Vaccination in Bombay 1856-1862 - 1856-1862
Year: 1856
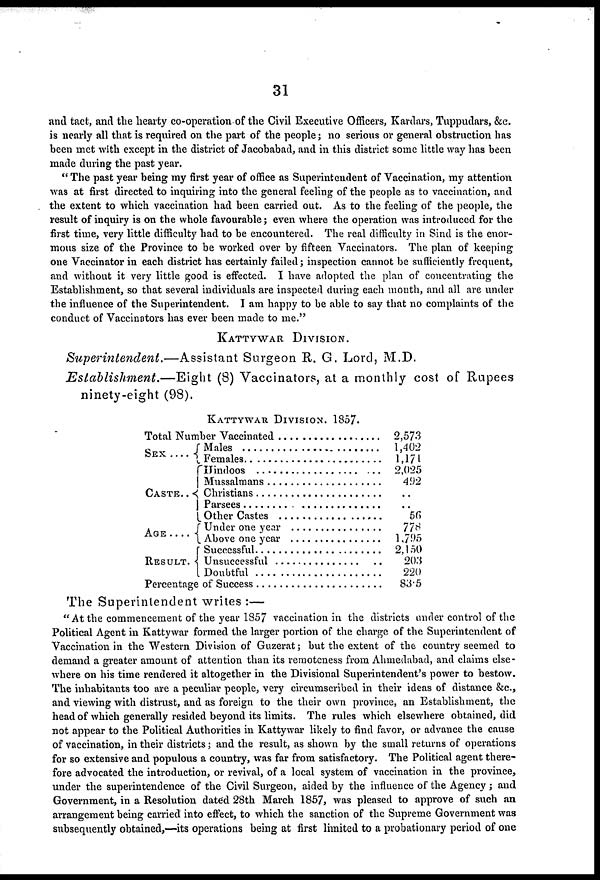
31
and tact, and the hearty co-operation of the Civil Executive Officers, Kardars, Tuppudars, &c.
is nearly all that is required on the part of the people; no serious or general obstruction has
been met with except in the district of Jacobabad, and in this district some little way has been
made during the past year.
" The past year being my first year of office as Superintendent of Vaccination, my attention
was at first directed to inquiring into the general feeling of the people as to vaccination, and
. the extent to which vaccination had been carried out. As to the feeling of the people, the
result of inquiry is on the whole favourable; even where the operation was introduced for the
first time, very little difficulty had to be encountered. The real difficulty in Sind is the enor-
mous size of the Province to be worked over by fifteen Vaccinators. The plan of keeping
one Vaccinator in each district has certainly failed; inspection cannot be sufficiently frequent,
and without it very little good is effected. I have adopted the plan of concentrating the
Establishment, so that several individuals are inspected during each month, and all are under
the influence of the Superintendent. I am happy to be able to say that no complaints of the
conduct of Vaccinators has ever been made to me."
KATTYWAR DIVISION.
Superintendent.—Assistant
Surgeon R. G. Lord, M.D.
Establishment.—Eight
(8) Vaccinators, at a monthly cost of Rupees
ninety-eight (98).
KATTYWAR DIVISION. 1857.
Total Number Vaccinated ..................
SEX
....
CASTE. .
AGE ....
RESULT.
Males ........................
Females ........................
Hindoos .....................
Mussalmans ....................
Christians ......................
Parsees .......................
Other Castes ..................
Under one year ................
Above one year ................
Successful ......................
Unsuccessful ...................
Doubtful ...................
Percentage of Success ......................
2,573
1,402
1,171
2,025
492
..
..
56
778
1,795
2,150
203
220
83.5
The Superintendent writes :—
"At the commencement of the year 1857 vaccination in the districts under control of the
Political Agent in Kattywar formed the larger portion of the charge of the Superintendent of
Vaccination in the Western Division of Guzerat; but the extent of the country seemed to
demand a greater amount of attention than its remoteness from Ahmedabad, and claims else-
where on his time rendered it altogether in the Divisional Superintendent's power to bestow.
The inhabitants too are a peculiar people, very circumscribed in their ideas of distance &c.,
and viewing with distrust, and as foreign to the their own province, an Establishment, the
head of which generally resided beyond its limits. The rules which elsewhere obtained, did
not appear to the Political Authorities in Kattywar likely to find favor, or advance the cause
of vaccination, in their districts; and the result, as shown by the small returns of operations
for so extensive and populous a country, was far from satisfactory. The Political agent there-
fore advocated the introduction, or revival, of a local system of vaccination in the province,
under the superintendence of the Civil Surgeon, aided by the influence of the Agency ; and
Government, in a Resolution dated 28th March 1857, was pleased to approve of such an
arrangement being carried into effect, to which the sanction of the Supreme Government was
subsequently obtained,—its operations being at first limited to a probationary period of one